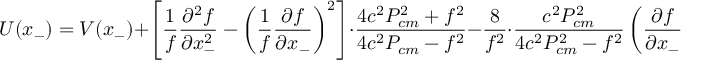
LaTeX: U ( x _ { - } ) = V ( x _ { - } ) + \left[ \frac { 1 } { f } \frac { { \partial } ^ { 2 } f } { { \partial } x _ { - } ^ { 2 } } - \left( \frac { 1 } { f } \frac { { \partial } f } { { \partial } x _ { - } } \right) ^ { 2 } \right] \cdot \frac { 4 c ^ { 2 } P _ { c m } ^ { 2 } + f ^ { 2 } } { 4 c ^ { 2 } P _ { c m } - f ^ { 2 } } - \frac { 8 } { f ^ { 2 } } \cdot \frac { c ^ { 2 } P _ { c m } ^ { 2 } } { 4 c ^ { 2 } P _ { c m } ^ { 2 } - f ^ { 2 } } \left( \frac { { \partial } f } { { \partial } x _ { - } } \right) ^ { 2 } .